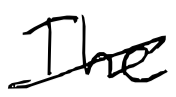
Text: The
Cross-out: diagonal
Writing tool: digital_black